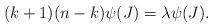
\begin{align*} (k+1)(n-k)\psi(J)=\lambda\psi(J).\end{align*}